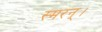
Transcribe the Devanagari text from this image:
स्मरन्‌।